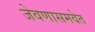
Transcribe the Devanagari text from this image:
जेवणासमवेत